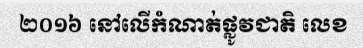
២០១៦ នៅលើកំណាត់ផ្លូវជាតិ លេខ